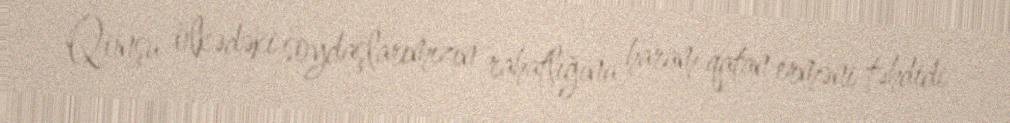
Qonşu ölkədəki soydaşlarımızın rahatlığına haram qatan erməni təhdidi -